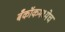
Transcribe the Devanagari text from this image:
बँकॉकमध्येच